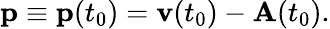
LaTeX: \mathbf{p}\equiv\mathbf{p}(t_{0})=\textbf{v}(t_{0})-\textbf{A}(t_{0}).